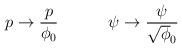
LaTeX: \begin{align*}p \to {p \over \phi_0} \hskip.5in \psi \to{\psi \over \sqrt\phi_0} \end{align*}